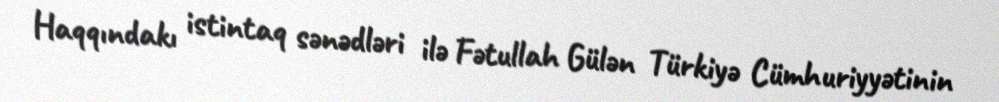
Haqqındakı istintaq sənədləri ilə Fətullah Gülən Türkiyə Cümhuriyyətinin